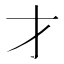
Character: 才